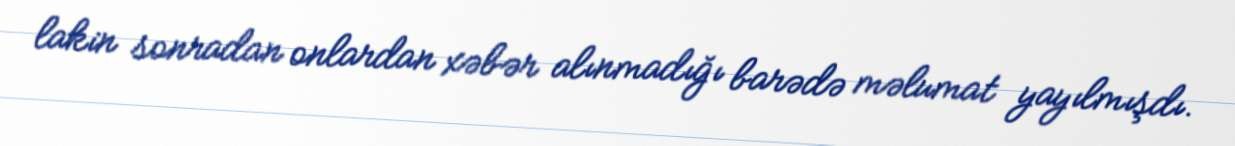
lakin sonradan onlardan xəbər alınmadığı barədə məlumat yayılmışdı.